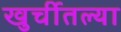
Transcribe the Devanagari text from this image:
खुर्चीतल्या